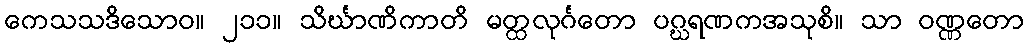
ကေသသဒိသောဝ။ ၂၁၁။ သိင်္ဃာဏိကာတိ မတ္ထလုင်္ဂတော ပဂ္ဃရဏကအသုစိ။ သာ ဝဏ္ဏတော